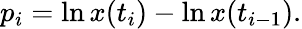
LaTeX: p_{i}=\ln x(t_{i})-\ln x(t_{i-1}).